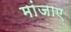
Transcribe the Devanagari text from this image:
मांजाए